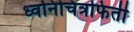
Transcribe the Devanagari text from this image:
ध्वनिचित्रफिती